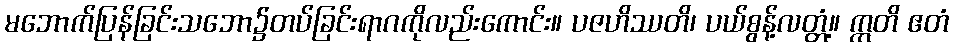
မဘောက်ပြန်ခြင်းသဘော၌တပ်ခြင်းရာဂကိုလည်းကောင်း။ ပဇဟိဿတိ၊ ပယ်စွန့်လတ္တံ့။ ဣတိ ဧတံ